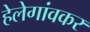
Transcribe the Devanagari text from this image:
हेलेगांवकर